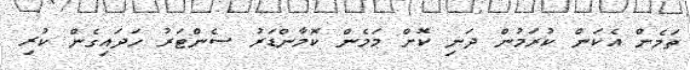
ތަމެން އެކަން ކުރަމުން ދަނި ކޮށް މަމެން ކޮމާންޑަރު ސެންޓަރު ހަދައިގެން ކުރި